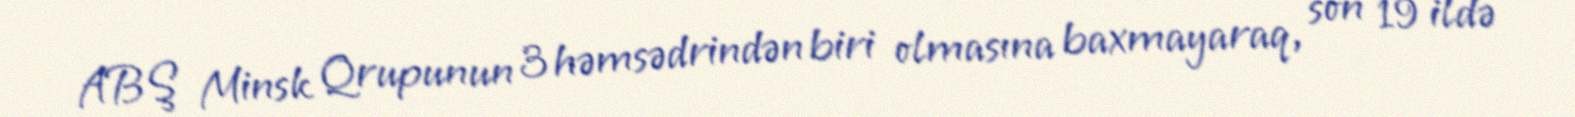
ABŞ Minsk Qrupunun 3 həmsədrindən biri olmasına baxmayaraq, son 19 ildə